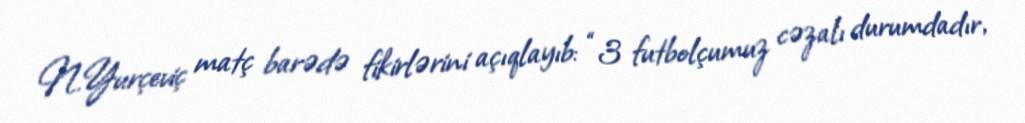
N.Yurçeviç matç barədə fikirlərini açıqlayıb: “3 futbolçumuz cəzalı durumdadır,